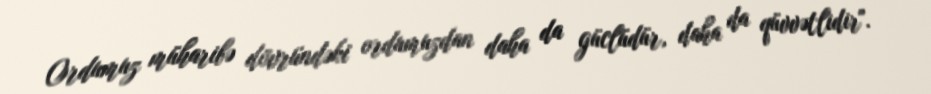
Ordumuz müharibə dövründəki ordumuzdan daha da güclüdür, daha da qüvvətlidir".